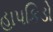
હાપકિડો